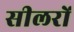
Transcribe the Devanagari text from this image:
सीलरों